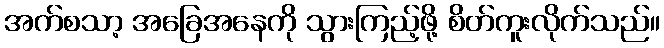
အက်စသာ့ အခြေအနေကို သွားကြည့်ဖို့ စိတ်ကူးလိုက်သည်။